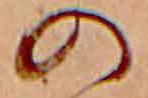
の